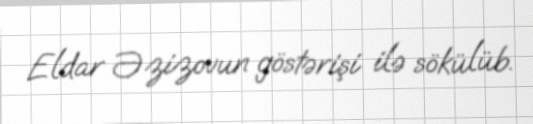
Eldar Əzizovun göstərişi ilə sökülüb.